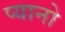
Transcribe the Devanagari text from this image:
प्यानो